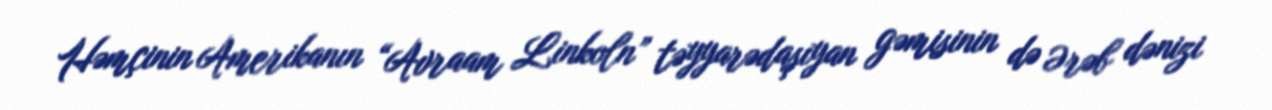
Həmçinin Amerikanın “Avraam Linkoln” təyyarədaşıyan gəmisinin də Ərəb dənizi